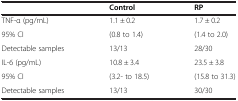
<table><thead><tr><td></td><td><b>Control</b></td><td><b>RP</b></td></tr></thead><tbody><tr><td>TNF-α (pg/mL)</td><td>1.1 ± 0.2</td><td>1.7 ± 0.2</td></tr><tr><td>95% CI</td><td>(0.8 to 1.4)</td><td>(1.4 to 2.0)</td></tr><tr><td>Detectable samples</td><td>13/13</td><td>28/30</td></tr><tr><td>IL-6 (pg/mL)</td><td>10.8 ± 3.4</td><td>23.5 ± 3.8</td></tr><tr><td>95% CI</td><td>(3.2- to 18.5)</td><td>(15.8 to 31.3)</td></tr><tr><td>Detectable samples</td><td>13/13</td><td>30/30</td></tr></tbody></table>